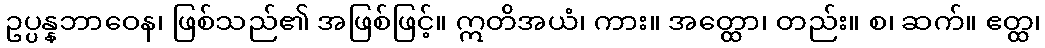
ဥပ္ပန္နဘာဝေန၊ ဖြစ်သည်၏ အဖြစ်ဖြင့်။ ဣတိအယံ၊ ကား။ အတ္ထော၊ တည်း။ စ၊ ဆက်။ ဧတ္ထ၊